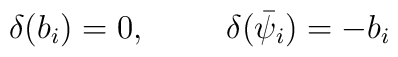
\delta (b_i)=0,      \hspace{1cm}      \delta (\bar{\psi}_i)=-b_i